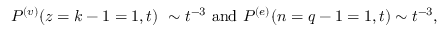
P ^ { ( v ) } ( z = k - 1 = 1 , t ) ~ \sim t ^ { - 3 } \ \mathrm { a n d } \ P ^ { ( e ) } ( n = q - 1 = 1 , t ) \sim t ^ { - 3 } ,